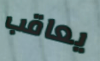
يعاقب